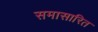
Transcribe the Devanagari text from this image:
समासारित